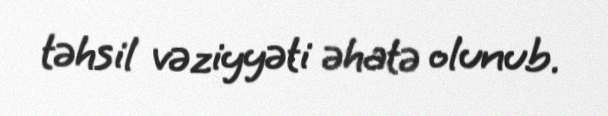
təhsil vəziyyəti əhatə olunub.